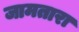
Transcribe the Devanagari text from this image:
जामतारा